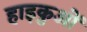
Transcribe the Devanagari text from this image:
हाइकुओं